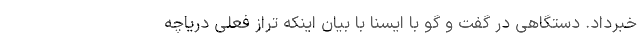
خبرداد. دستگاهی در گفت و گو با ایسنا با بیان اینکه تراز فعلی دریاچه